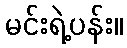
မင်းရဲ့ပန်း။